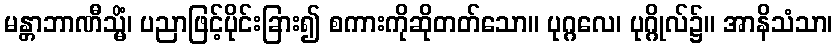
မန္တာဘာဏီသ္မိံ၊ ပညာဖြင့်ပိုင်းခြား၍ စကားကိုဆိုတတ်သော။ ပုဂ္ဂလေ၊ ပုဂ္ဂိုလ်၌။ အာနိသံသာ၊